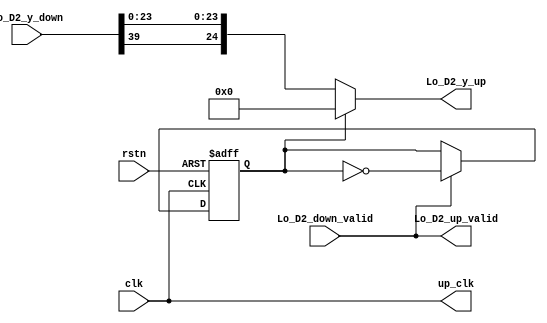
module upsample 
#(
    parameter w_in_1   = 25 ,//
    parameter y_out_2  = 40//
)
(
    input clk,
    input rstn,
    input  Lo_D2_down_valid,
    input  signed [y_out_2-1:0]  Lo_D2_y_down,
    output  signed [w_in_1-1:0]  Lo_D2_y_up  ,  
    output Lo_D2_up_valid,
    output up_clk

);
    assign up_clk =clk;

    reg flag;
    always @(posedge clk or negedge rstn) begin
        if(rstn == 1'b0)
            flag<= 0;
        else if(Lo_D2_down_valid)
            flag<= !flag;
        else flag<= flag;
    end

    wire  signed [w_in_1-1:0]  Lo_D2_data;
    assign Lo_D2_data = {Lo_D2_y_down[y_out_2-1],Lo_D2_y_down[w_in_1-2:0]};

    assign Lo_D2_up_valid = Lo_D2_down_valid;
    assign Lo_D2_y_up = (flag==1) ? 0 :Lo_D2_data;

endmodule //upsample